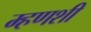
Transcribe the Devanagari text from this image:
म्हणशी